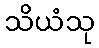
သိယံသု